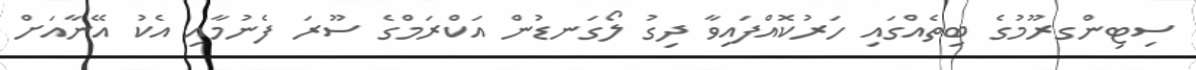
ސިޓިންގރޫމުގެ ބިތެއްގައި ހަރުކޮއްފައިވާ ދިގު ލޯގަނޑުން އަކްރަމްގެ ސޫރަ ފެނުމާއި އެކު އޭނާއަށް